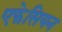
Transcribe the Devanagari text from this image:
एफेसियन